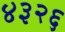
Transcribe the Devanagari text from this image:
४३२६